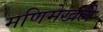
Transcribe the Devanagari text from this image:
मणिमेखलै